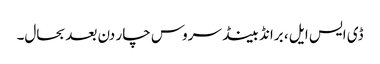
ڈی ایس ایل ، برانڈ بینڈ سروس چار دن بعدبحال۔